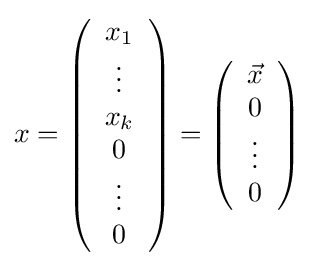
x=\left({\begin{array}{c}x_{1}\\\vdots \\x_{k}\\0\\\vdots \\0\end{array}}\right)=\left({\begin{array}{c}{\vec {x}}\\0\\\vdots \\0\end{array}}\right)